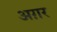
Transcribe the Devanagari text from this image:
अग़र